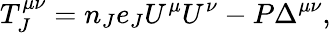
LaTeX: T_{J}^{\mu\nu}=n_{J}e_{J}U^{\mu}U^{\nu}-P\Delta^{\mu\nu},